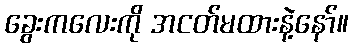
ခွေးကလေးကို အငတ်မထားနဲ့နော်။